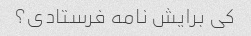
کی برایش نامه فرستادی؟